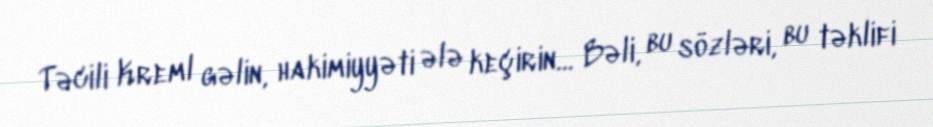
Təcili Kreml gəlin, hakimiyyəti ələ keçirin... Bəli, bu sözləri, bu təklifi